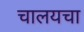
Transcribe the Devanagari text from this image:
चालयचा